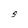
Character: S